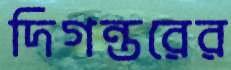
দিগন্তরের